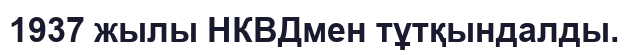
1937 жылы НКВДмен тұтқындалды.